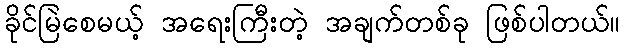
ခိုင်မြဲစေမယ့် အရေးကြီးတဲ့ အချက်တစ်ခု ဖြစ်ပါတယ်။